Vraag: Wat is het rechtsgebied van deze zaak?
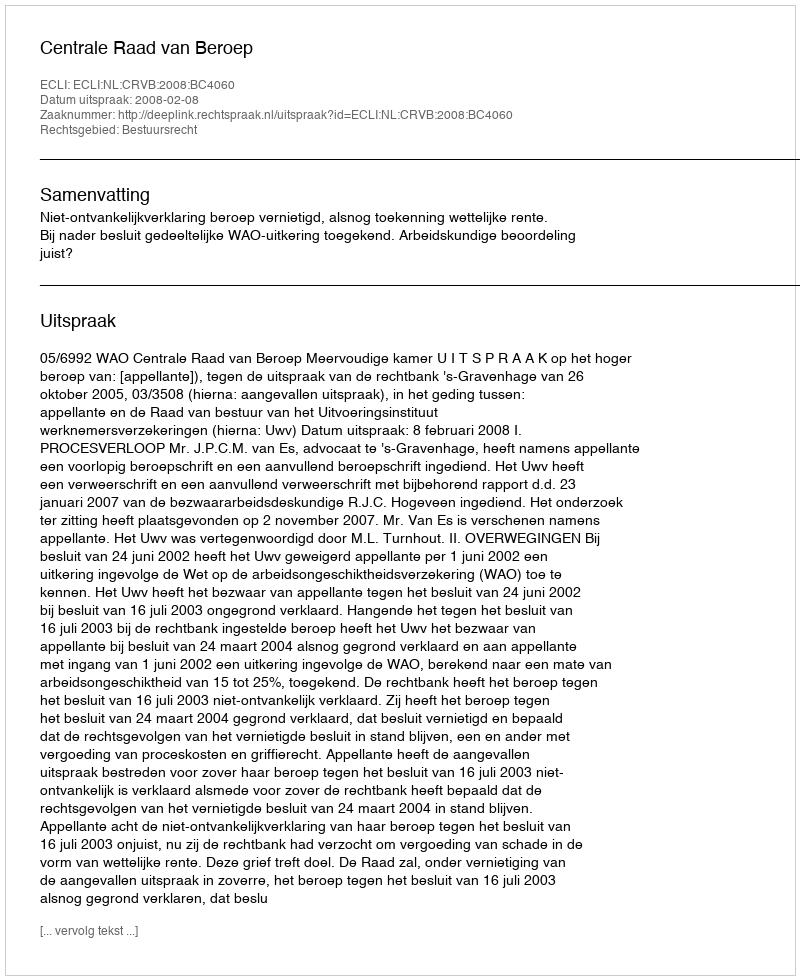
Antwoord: Bestuursrecht